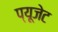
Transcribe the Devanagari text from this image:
प्यूजेट